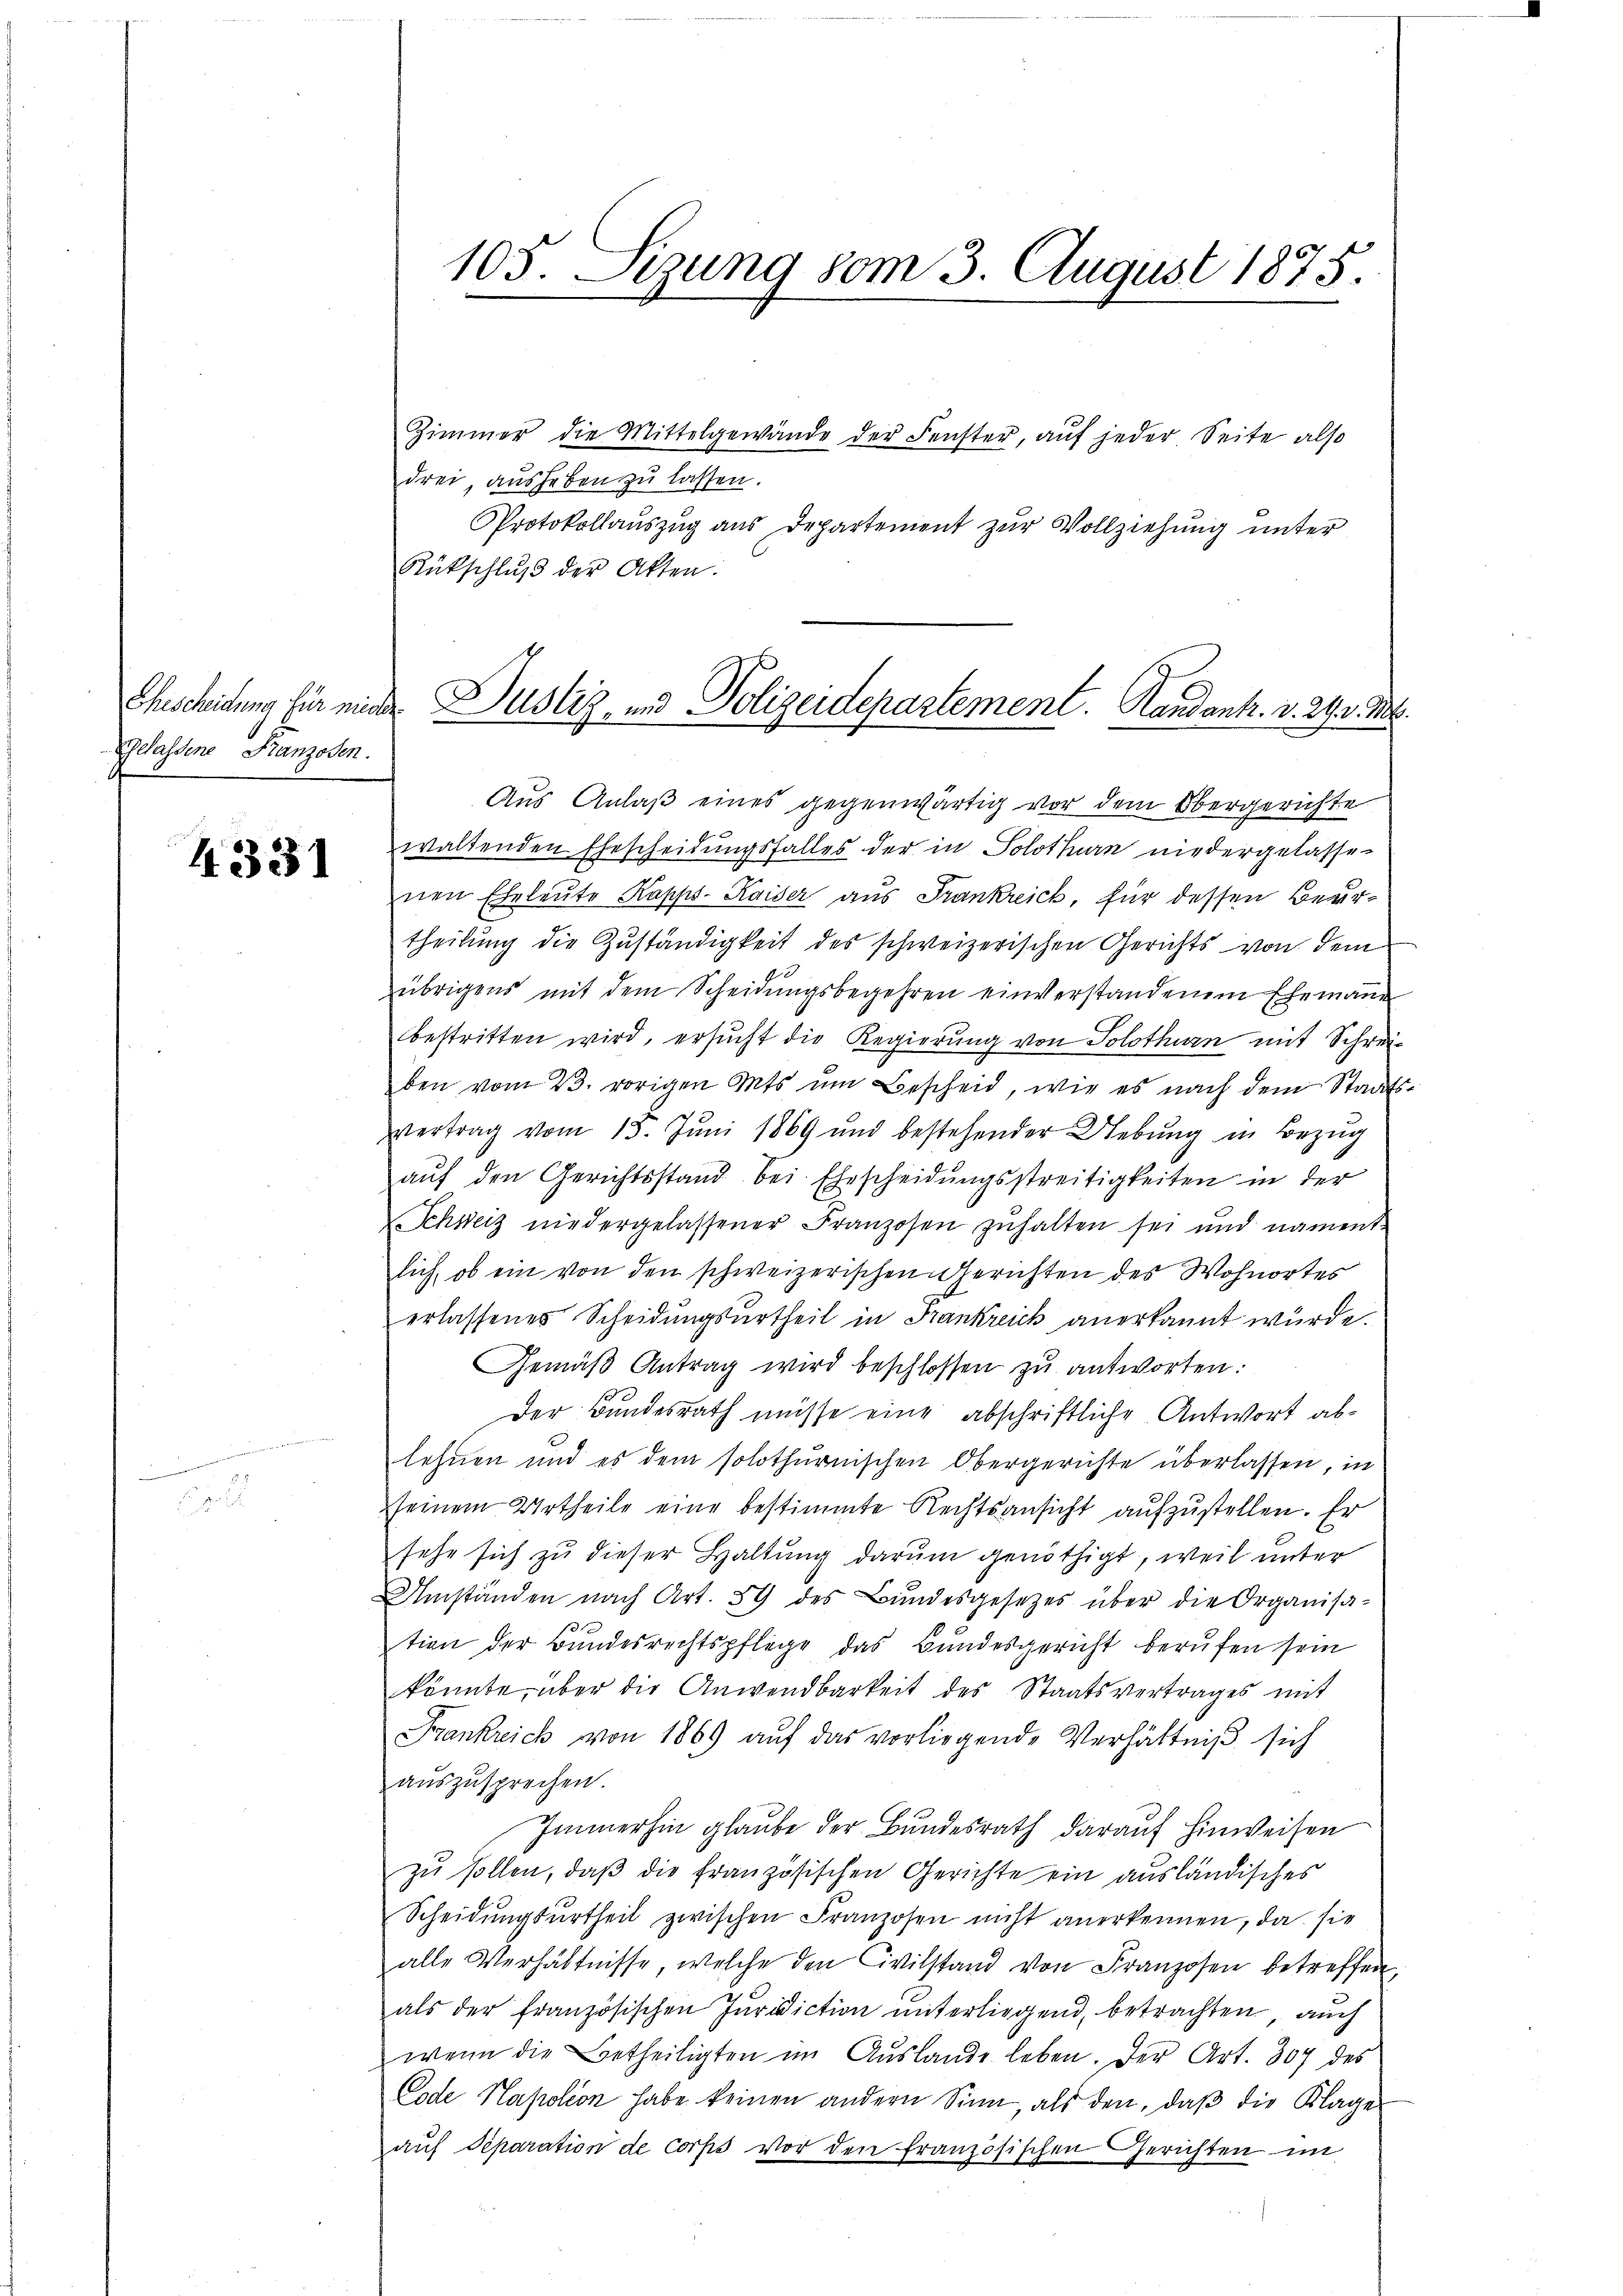
Gelassene Franzosen.

4331

103. Sizung vom 3. August 1875.

Zimmer die Mittelgewände der Fenster, aŭf jeder Seite also
drei, ausheben zu lassen.
Protokollauszug aus Departement zur Vollziehung unter
Rükschlŭβ der Akten.
Aus Anlaß eines gegenwärtig vor dem Obergerichte
waltenden Ehescheidungsfalles der in Solothurn niedergelasse-
nen Eheleute Kapps-Kaiser aus Frankreich, für dessen Beurtheilung die Zuständigkeit des schweizerischen Gerichts von dem
übrigens mit dem Scheidungsbegehren einverstandenem Ehemanne
bestritten wird, ersucht die Regierung von Solothurn mit Schreiben vom 23. vorigen Mts ŭm Bescheid, wie es nach dem Staats-
vertrag vom 15. Juni 1869 und bestehender Uebung in Bezug
auf den Gerichtsstand bei Ehescheidungsstreitigkeiten in der
Schweiz niedergelassener Franzosen zŭhalten sei und nament
lich, ob ein von den schweizerischen Gerichten des Wohnortes
erlassenes Scheidungsurtheil in Frankreich anerkannt wurde.
Gemäβ Antrag wird beschlossen zu antworten:
Der Bundesrath müsse eine abschriftliche Antwort ablehnen und es dem solothurnischen Obergerichte überlassen, in
seinem Urtheile eine bestimmte Rechtsansicht aufzustellen. Er
sehe sich zu dieser Haltung darum genöthigt, weil unter
Umständen nach Art. 59 des Bŭndesgesetzes über die Organisa-
3
tion der Bundesrechtspflege das Bundesgericht berufen sein
könnte, über die Anwendbarkeit des Staatsvertrages mit
Frankreich von 1869 aŭf das vorliegende Verhältniß sich
aŭszŭsprechen.
Immerhin glaube der Bundesrath darauf hinweisen
zu sollen, daß die französischen Gerichte ein ausländisches
Scheidungsurtheil zwischen Franzosen nicht anerkennen, da sie
alle Verhältnisse, welche den Civilstand von Franzosen betreffen,
als der französischen Juridiction ŭnterliegend, betrachten, auch
wenn die Betheiligten im Aŭslande leben. Der Art. 307 des
Code Napoleon habe keinen andern Sinn, als den, daß die Klage
auf Separation de corps vor den französischen Gerichten im

Ehescheidung für einer Zustiz- und Polizeidepartement. Landank. v. 24. v. Mt.